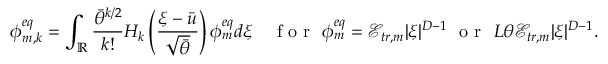
\phi _ { m , k } ^ { e q } = \int _ { \mathbb { R } } \frac { \bar { \theta } ^ { k / 2 } } { k ! } H _ { k } \left( \frac { \xi - \bar { u } } { \sqrt { \bar { \theta } } } \right) \phi _ { m } ^ { e q } d \xi \quad \mathrm { ~ f ~ o ~ r ~ } \ \phi _ { m } ^ { e q } = \mathcal { E } _ { t r , m } | \xi | ^ { D - 1 } \ \mathrm { ~ o ~ r ~ } \ L \theta \mathcal { E } _ { t r , m } | \xi | ^ { D - 1 } .